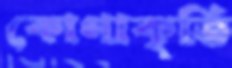
কোণাকৃতি